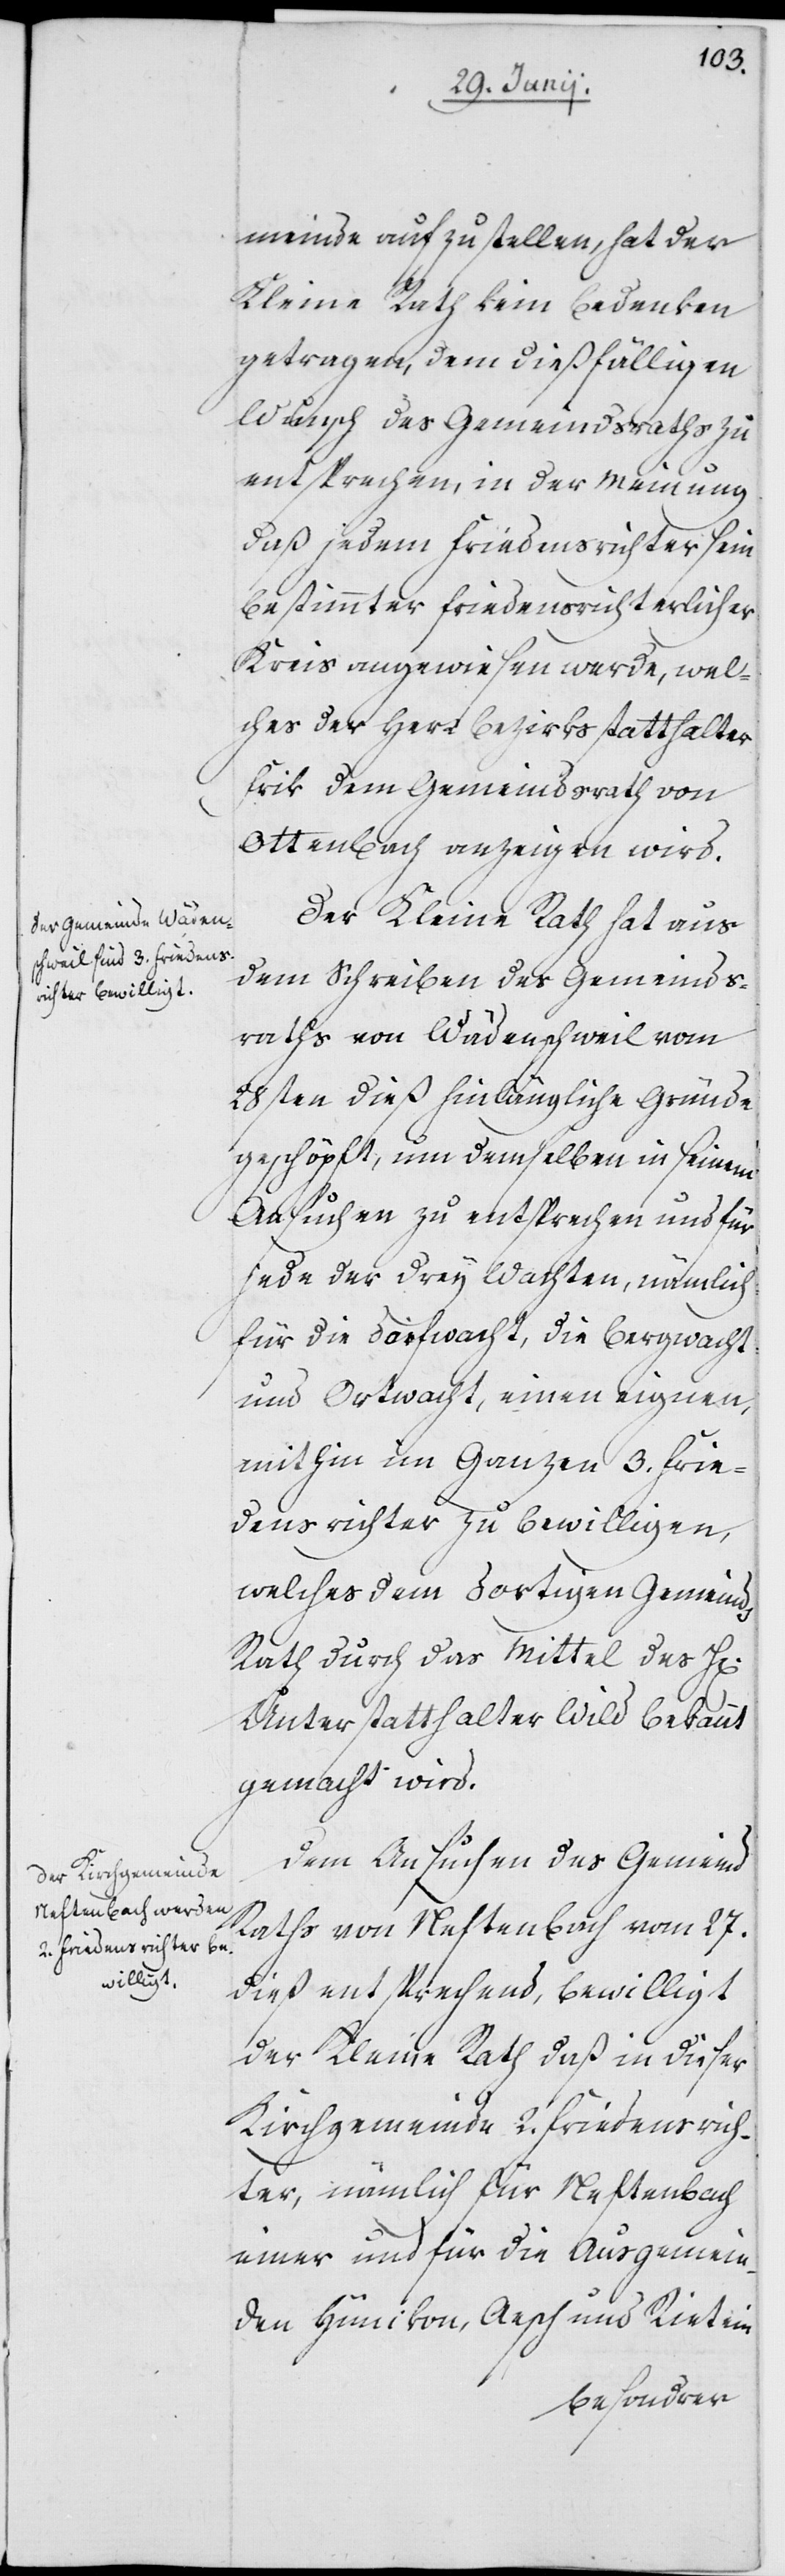
meinde aufzustellen, hat der
Kleine Rath kein Bedenken
getragen, dem dießfälligen
Wunsch des Gemeindsraths zu
entsprechen, in der Meinung
daß jedem Friedensrichter sein
bestimmter friedensrichterlicher
Kreis angewiesen werde, wel¬
ches der Herr Bezirksstatthalter
Frik dem Gemeindsrath von
Ottenbach anzeigen wird.
Der Kleine Rath hat aus
dem Schreiben des Gemeinds¬
raths von Wädenschweil vom
28sten dieß hinlängliche Gründe
geschöpft, um demselben in seinem
Ansuchen zu entsprechen und für
jede der drey Wachten, nämlich
für die Dorfwacht, die Bergwacht
und Ortwacht, einen eignen,
mithin im Ganzen 3. Frie¬
densrichter zu bewilligen,
welches dem dortigen Gemeinds
Rath durch das Mittel des H[errn]
Unterstatthalter Wild bekannt
gemacht wird.
Dem Ansuchen des Gemeind
Raths von Neftenbach vom 27.
dieß entsprechend, bewilligt
der Kleine Rath daß in dieser
Kirchgemeinde 2. Friedensrich¬
ter, nämlich für Neftenbach
einer und für die Ausgemein¬
den Hünikon, Aesch und Riet ein